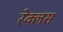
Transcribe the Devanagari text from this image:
रेक्लस